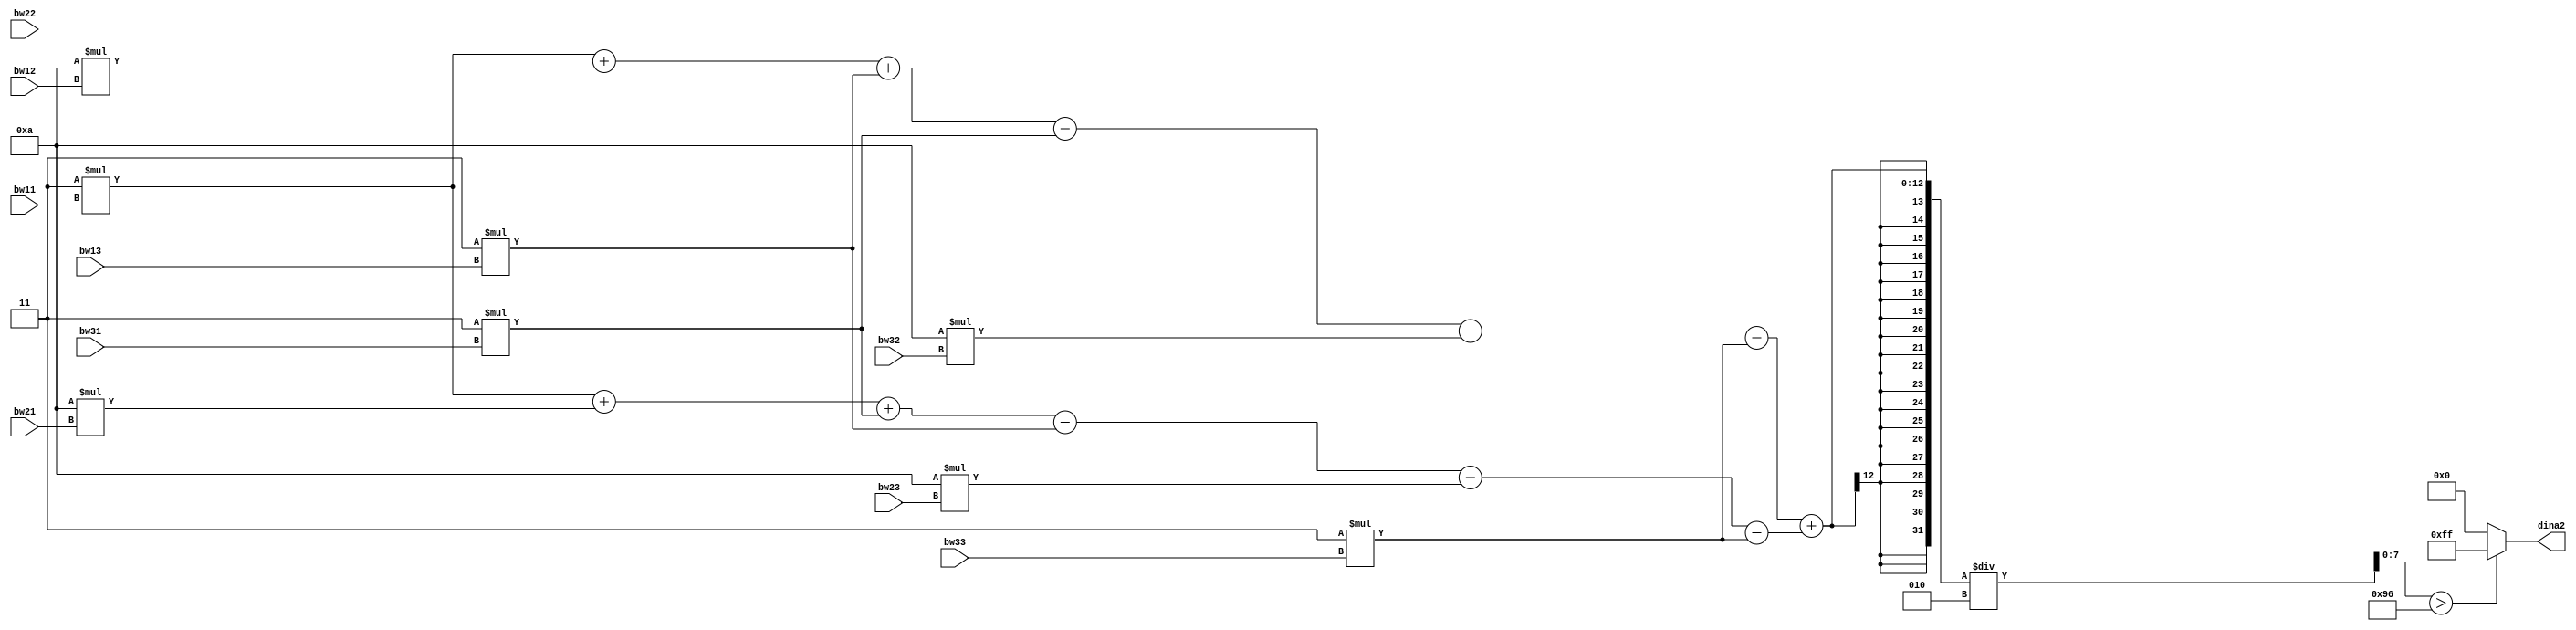
`timescale 1ns / 1ps
//////////////////////////////////////////////////////////////////////////////////
// Company: 
// Engineer: 
// 
// Design Name: 
// Module Name: kernel
// Project Name: 
// Target Devices: 
// Tool Versions: 
// Description: 
// 
// Dependencies: 
// 
// Revision:
// Revision 0.01 - File Created
// Additional Comments:
// 
//////////////////////////////////////////////////////////////////////////////////


module kernel(
    input [7:0] bw22,
    input [7:0] bw32,
    input [7:0] bw12,
    input [7:0] bw33,
    input [7:0] bw23,
    input [7:0] bw13,
    input [7:0] bw31,
    input [7:0] bw21,
    input [7:0] bw11,
    output [7:0] dina2
    );
//    wire signed [10:0] bw11,bw12,bw13,bw21,bw22,bw23,bw31,bw32,bw33,out2;
    wire signed [11:0] avg,hor,ver;
    wire [7:0] out;
//    assign bw11 = (ar11[7:0]+ar11[15:8]+ar11[23:16])/3;
//    assign bw12 = (ar12[7:0]+ar12[15:8]+ar12[23:16])/3;
//    assign bw13 = (ar13[7:0]+ar13[15:8]+ar13[23:16])/3;
//    assign bw21 = (ar21[7:0]+ar21[15:8]+ar21[23:16])/3;
//    assign bw22 = (ar22[7:0]+ar22[15:8]+ar22[23:16])/3;
//    assign bw23 = (ar23[7:0]+ar23[15:8]+ar11[23:16])/3;
//    assign bw31 = (ar31[7:0]+ar31[15:8]+ar31[23:16])/3;
//    assign bw32 = (ar32[7:0]+ar32[15:8]+ar32[23:16])/3;
//    assign bw33 = (ar33[7:0]+ar33[15:8]+ar33[23:16])/3;
    
//    assign hor = ( bw11 + 2*bw12 + bw13 - bw31 - 2*bw32 - bw33);// + 510) / 4;
//    assign ver = (bw11 + 2*bw21 + bw31 - bw13 - 2*bw23 - bw33 );//+ 510) / 4;
//    assign out = (hor + ver) / 2;
//    assign out = out2[7:0];
    wire [7:0] out2;
    assign hor = ( 3*bw11 + 10*bw12 + 3*bw13 - 3*bw31 - 10*bw32 - 3*bw33);// + 510) / 4;
    assign ver = (3*bw11 + 10*bw21 + 3*bw31 - 3*bw13 - 10*bw23 - 3*bw33 );//+ 510) / 4;
   // assign sqr = (hor*hor)+(ver*ver);
   // square_root root(sqr,out2,k);
    assign out2 = (hor + ver) / 2;
    assign out = (out2>150)?255:0;
    assign dina2 = out;

//    assign avg = (bw11+bw12+bw13+bw21+bw22+bw23+bw31+bw32+bw33)/9;
//    assign out = avg[7:0];
//    assign dina2 = {out,out,out};
    
//    bw00
    
endmodule